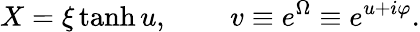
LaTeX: X=\xi\operatorname{tanh}u,\, \qquad v\equiv e^{\Omega}\equiv e^{u+i\varphi}.